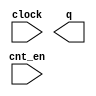
// megafunction wizard: %LPM_COUNTER%VBB%
// GENERATION: STANDARD
// VERSION: WM1.0
// MODULE: LPM_COUNTER 

// ============================================================
// Megafunction Name(s):
// 			LPM_COUNTER
//
// Simulation Library Files(s):
// 			lpm
// ============================================================
// ************************************************************
// THIS IS A WIZARD-GENERATED FILE. DO NOT EDIT THIS FILE!
//
// 16.0.0 Build 211 04/27/2016 SJ Lite Edition
// ************************************************************

//Copyright (C) 1991-2016 Altera Corporation. All rights reserved.
//Your use of Altera Corporation's design tools, logic functions 
//and other software and tools, and its AMPP partner logic 
//functions, and any output files from any of the foregoing 
//(including device programming or simulation files), and any 
//associated documentation or information are expressly subject 
//to the terms and conditions of the Altera Program License 
//Subscription Agreement, the Altera Quartus Prime License Agreement,
//the Altera MegaCore Function License Agreement, or other 
//applicable license agreement, including, without limitation, 
//that your use is for the sole purpose of programming logic 
//devices manufactured by Altera and sold by Altera or its 
//authorized distributors.  Please refer to the applicable 
//agreement for further details.

module zxw_counter (
	clock,
	cnt_en,
	q);

	input	  clock;
	input	  cnt_en;
	output	[15:0]  q;

endmodule

// ============================================================
// CNX file retrieval info
// ============================================================
// Retrieval info: PRIVATE: ACLR NUMERIC "0"
// Retrieval info: PRIVATE: ALOAD NUMERIC "0"
// Retrieval info: PRIVATE: ASET NUMERIC "0"
// Retrieval info: PRIVATE: ASET_ALL1 NUMERIC "1"
// Retrieval info: PRIVATE: CLK_EN NUMERIC "0"
// Retrieval info: PRIVATE: CNT_EN NUMERIC "1"
// Retrieval info: PRIVATE: CarryIn NUMERIC "0"
// Retrieval info: PRIVATE: CarryOut NUMERIC "0"
// Retrieval info: PRIVATE: Direction NUMERIC "0"
// Retrieval info: PRIVATE: INTENDED_DEVICE_FAMILY STRING "Cyclone V"
// Retrieval info: PRIVATE: ModulusCounter NUMERIC "0"
// Retrieval info: PRIVATE: ModulusValue NUMERIC "0"
// Retrieval info: PRIVATE: SCLR NUMERIC "0"
// Retrieval info: PRIVATE: SLOAD NUMERIC "0"
// Retrieval info: PRIVATE: SSET NUMERIC "0"
// Retrieval info: PRIVATE: SSET_ALL1 NUMERIC "1"
// Retrieval info: PRIVATE: SYNTH_WRAPPER_GEN_POSTFIX STRING "0"
// Retrieval info: PRIVATE: nBit NUMERIC "16"
// Retrieval info: PRIVATE: new_diagram STRING "1"
// Retrieval info: LIBRARY: lpm lpm.lpm_components.all
// Retrieval info: CONSTANT: LPM_DIRECTION STRING "UP"
// Retrieval info: CONSTANT: LPM_PORT_UPDOWN STRING "PORT_UNUSED"
// Retrieval info: CONSTANT: LPM_TYPE STRING "LPM_COUNTER"
// Retrieval info: CONSTANT: LPM_WIDTH NUMERIC "16"
// Retrieval info: USED_PORT: clock 0 0 0 0 INPUT NODEFVAL "clock"
// Retrieval info: USED_PORT: cnt_en 0 0 0 0 INPUT NODEFVAL "cnt_en"
// Retrieval info: USED_PORT: q 0 0 16 0 OUTPUT NODEFVAL "q[15..0]"
// Retrieval info: CONNECT: @clock 0 0 0 0 clock 0 0 0 0
// Retrieval info: CONNECT: @cnt_en 0 0 0 0 cnt_en 0 0 0 0
// Retrieval info: CONNECT: q 0 0 16 0 @q 0 0 16 0
// Retrieval info: GEN_FILE: TYPE_NORMAL zxw_counter.v TRUE
// Retrieval info: GEN_FILE: TYPE_NORMAL zxw_counter.inc FALSE
// Retrieval info: GEN_FILE: TYPE_NORMAL zxw_counter.cmp FALSE
// Retrieval info: GEN_FILE: TYPE_NORMAL zxw_counter.bsf TRUE
// Retrieval info: GEN_FILE: TYPE_NORMAL zxw_counter_inst.v FALSE
// Retrieval info: GEN_FILE: TYPE_NORMAL zxw_counter_bb.v TRUE
// Retrieval info: LIB_FILE: lpm